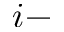
i -